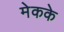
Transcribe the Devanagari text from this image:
मेकके